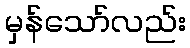
မှန်သော်လည်း